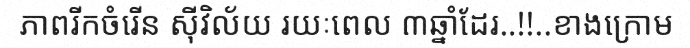
ភាពរីកចំរើន ស៊ីវិល័យ រយៈពេល ៣ឆ្នាំដែរ..!!..ខាងក្រោម